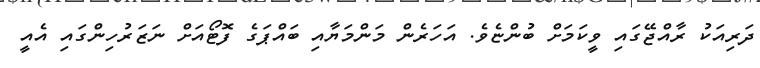
ދަރިއަކު ރާއްޖޭގައި ވީކަމަށް ބުންޏެވެ. އަހަރެން މަންމަޔާއި ބައްޕަގެ ފޮޓޯއަށް ނަޒަރުހިންގައި އެއީ